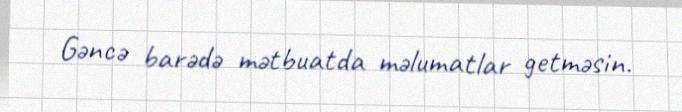
Gəncə barədə mətbuatda məlumatlar getməsin.